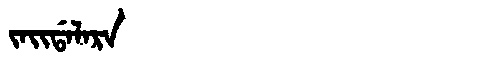
Manchu: ᠵᠠᡳᡩᠠᠯᠠᡵᠠ
Romanization: JAIDALARA